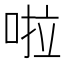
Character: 啦